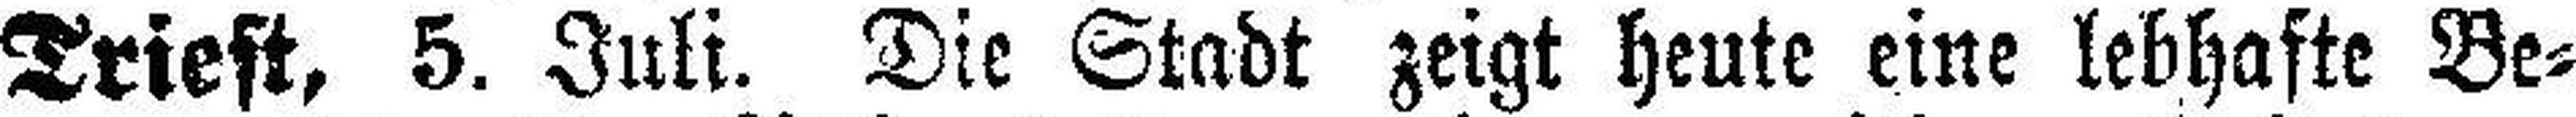
Triest, 5. Juli. Die Stadt zeigt heute eine lebhafte Be¬